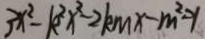
3 x ^ { 2 } - k ^ { 2 } x ^ { 2 } - 2 k m x - m ^ { 2 } = 1